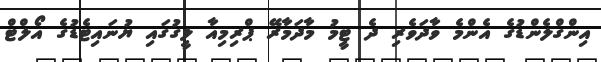
އިންގްލެންޑުގެ އެންމެ ވާދަވެރި ދެ ޓީމު މާދަމާރޭ ޕްރިމިއާ ލީގުގައި ޔުނައިޓެޑުގެ އޯލްޓް